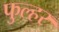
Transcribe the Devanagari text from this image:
फुल्हर